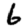
Digit: 6